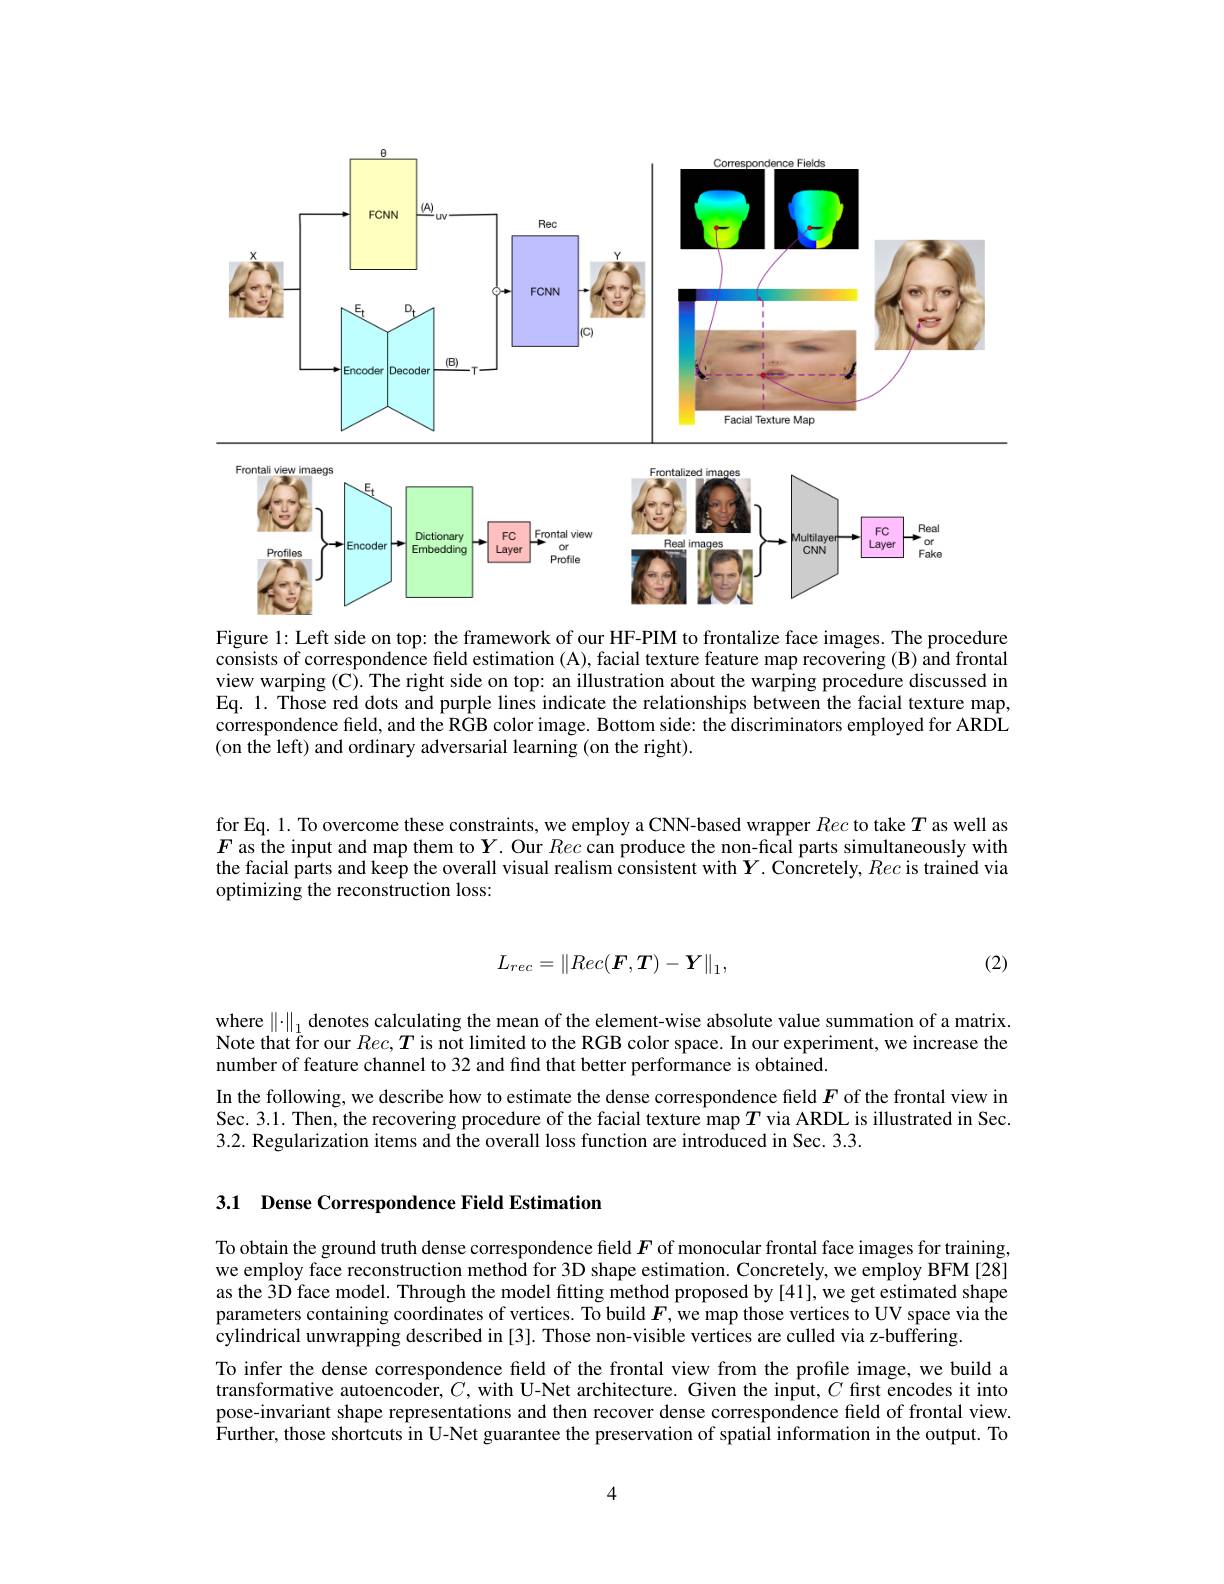
<FigureHere>

Figure 1: Left side on top: the framework of our HF-PIM to frontalize face images. The procedure consists of correspondence field estimation (A), facial texture feature map recovering (B) and frontal view warping (C). The right side on top: an illustration about the warping procedure discussed in Eq. 1. Those red dots and purple lines indicate the relationships between the facial texture map, correspondence field, and the RGB color image. Bottom side: the discriminators employed for ARDL (on the left) and ordinary adversarial learning (on the right).

for Eq. 1. To overcome these constraints, we employ a CNN-based wrapper Rec to take $T$ as well as $F$ as the input and map them to $Y.$ Our Rec can produce the non-fical parts simultaneously with the facial parts and keep the overall visual realism consistent with $Y.$ Concretely, Rec is trained via optimizing the reconstruction loss:
$$L_{rec}=\|Rec(F,T)-Y\|_1,$$
(2)

where $\|\cdot\|_1$ denotes calculating the mean of the element-wise absolute value summation of a matrix. Note that for our $Rec,\boldsymbol{T}$ is not limited to the RGB color space. In our experiment, we increase the number of feature channel to 32 and find that better performance is obtained.
In the following, we describe how to estimate the dense correspondence field $F$ of the frontal view in Sec. 3.1. Then, the recovering procedure of the facial texture map $T$ via ARDL is illustrated in Sec. 3.2. Regularization items and the overall loss function are introduced in Sec. 3.3.

3.1 Dense Correspondence Field Estimation

To obtain the ground truth dense correspondence field $F$ of monocular frontal face images for training, we employ face reconstruction method for 3D shape estimation. Concretely, we employ BFM [28] as the 3D face model. Through the model fitting method proposed by [41], we get estimated shape parameters containing coordinates of vertices. To build $F$, we map those vertices to UV space via the $\hat{\text{cylindrical unwrapping described in [3]. Those non-visible vertices are culled via z-buffering}.}$
To infer the dense correspondence field of the frontal view from the profile image, we build a transformative autoencoder, $C$, with U-Net architecture. Given the input, $C$ first encodes it into pose-invariant shape representations and then recover dense correspondence field of frontal view. $\hat{\text{Further, those shortcuts in U-Net guarantee the preservation of spatial information in the output. To}}$

4